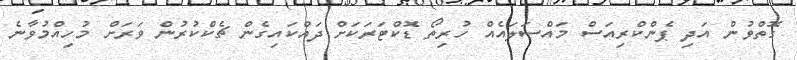
ގޮތްވުން އަދި ޕެންކްރިއަސް މައްސަލައެއް ހުރިތޯ ޑޮކްޓަރަކަށް ދައްކައިގެން ޗެކްކުރުން ވަރަށް މުހިއްމުވާނެ